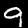
Digit: 9